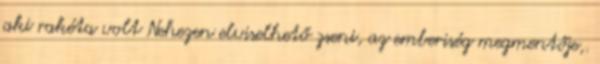
aki rakéta volt Nehezen elviselhető zseni, az emberiség megmentője,.